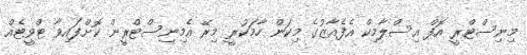
މިނިސްޓްރީ އޮފް އިސްލާމިކް އެފެއާޒުގެ މިކަން ހާމަކުރީ މިރޭ އެމިނިސްޓްރީން ކޮށްފައިވާ ޓްވީޓެއް